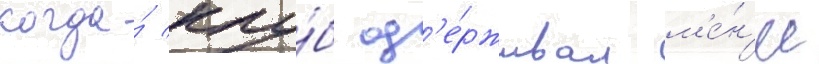
когда́ клу́б од'е́рживал м'е́н'ее